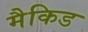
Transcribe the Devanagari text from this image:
मैकिड